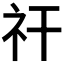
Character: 𥘏